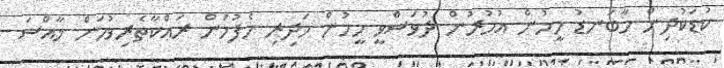
ކުޑަކުދިން މާބަނޑު މީހުން އުމުރުން ދުވަސްވީ މީހުން މަދިރި ހެފުމުން ރައްކާތެރިވުމަށް ޚާއްސަ